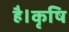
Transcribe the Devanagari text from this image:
है।कृषि